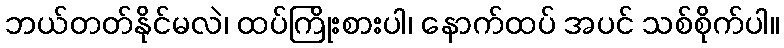
ဘယ်တတ်နိုင်မလဲ၊ ထပ်ကြိုးစားပါ၊ နောက်ထပ် အပင် သစ်စိုက်ပါ။